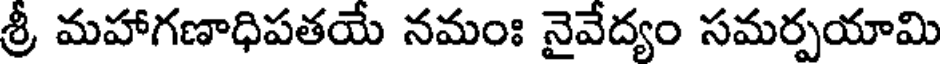
శ్రీ మహాగణాధిపతయే నమంః నైవేద్యం సమర్పయామి